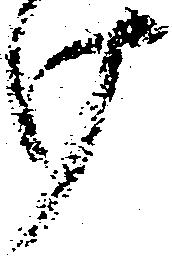
け